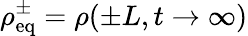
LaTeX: \rho_{\mathrm{eq}}^{\pm}=\rho(\pm L,t\to\infty)